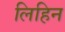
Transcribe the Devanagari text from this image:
लिहिन